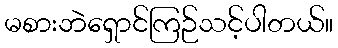
မစားဘဲရှောင်ကြဉ်သင့်ပါတယ်။